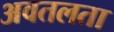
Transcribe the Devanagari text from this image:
अवतलता